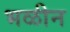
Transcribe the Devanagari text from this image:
भळीन